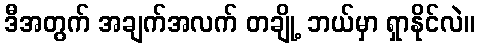
ဒီအတွက် အချက်အလက် တချို့ ဘယ်မှာ ရှာနိုင်လဲ။